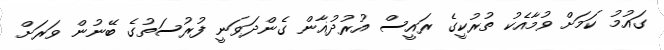
ގައުމު ކަމަށް ވުމާއެކު ތުރުކީގެ ރައީސް އުރުދުޣާން ގެންދަވަނީ ފުރުސަތުގެ ބޭނުން ވަރަށް